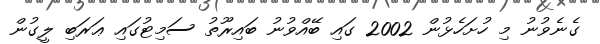
ގެނެވުނު މި ހުށަހެޅުން 2002 ގައި ބޭއްވުނު ބައިރޫތު ސަމިޓުގައި ޢަރަބި ލީގުން